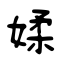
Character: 媃